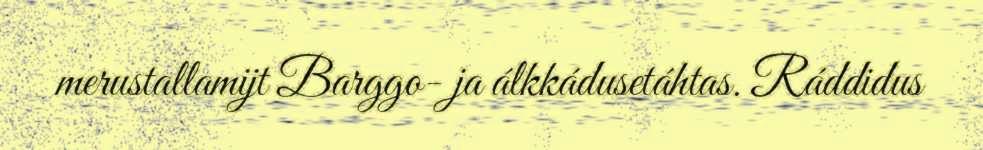
merustallamijt Barggo- ja álkkádusetáhtas. Ráddidus